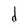
Character: d